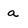
Character: a